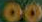
00